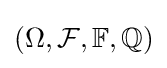
(\Omega ,{\mathcal {F}},\mathbb {F} ,\mathbb {Q} )